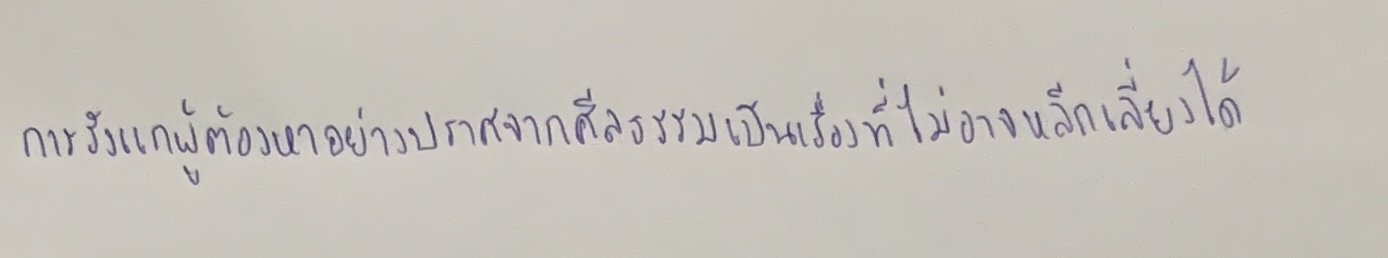
การรังแกผู้ต้องหาอย่างปราศจากศีลธรรมเป็นเรื่องที่ไม่อาจหลีกเลี่ยงได้